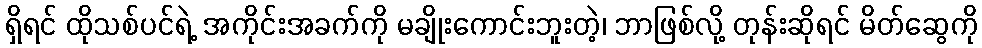
ရှိရင် ထိုသစ်ပင်ရဲ့ အကိုင်းအခက်ကို မချိုးကောင်းဘူးတဲ့၊ ဘာဖြစ်လို့ တုန်းဆိုရင် မိတ်ဆွေကို